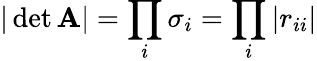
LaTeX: |\operatorname*{det}\mathbf{A}|=\prod_{i}\sigma_{i}=\prod_{i}\left|r_{ii}\right|